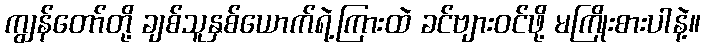
ကျွန်တော်တို့ ချစ်သူနှစ်ယောက်ရဲ့ကြားထဲ ခင်ဗျားဝင်ဖို့ မကြိုးစားပါနဲ့။